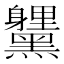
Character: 𮮞